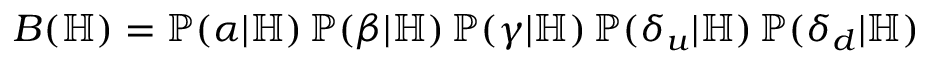
B ( \mathbb H ) = \mathbb P ( \alpha | \mathbb H ) \, \mathbb P ( \beta | \mathbb H ) \, \mathbb P ( \gamma | \mathbb H ) \, \mathbb P ( \delta _ { u } | \mathbb H ) \, \mathbb P ( \delta _ { d } | \mathbb H )